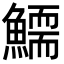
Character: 𩻞